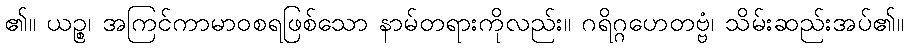
၏။ ယဉ္စ၊ အကြင်ကာမာဝစရဖြစ်သော နာမ်တရားကိုလည်း။ ဂရိဂ္ဂဟေတဗ္ဗံ၊ သိမ်းဆည်းအပ်၏။